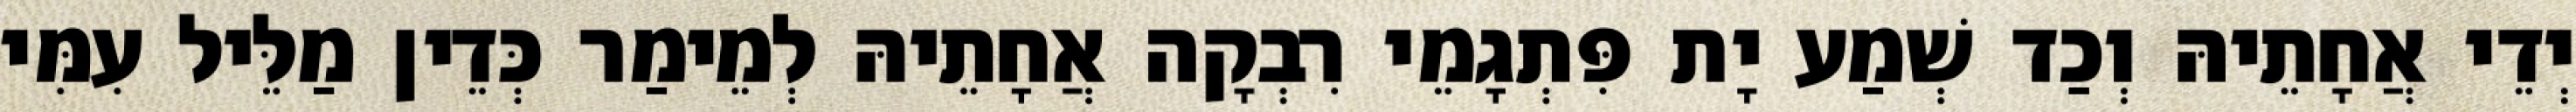
יְדֵי אֲחָתֵיהּ וְכַד שְׁמַע יָת פִּתְגָמֵי רִבְקָה אֲחָתֵיהּ לְמֵימַר כְּדֵין מַלֵּיל עִמִּי